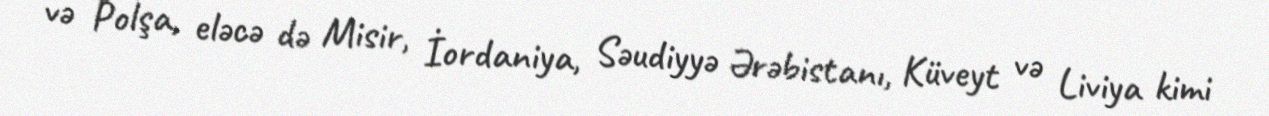
və Polşa, eləcə də Misir, İordaniya, Səudiyyə Ərəbistanı, Küveyt və Liviya kimi